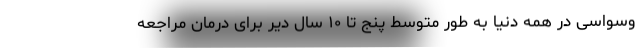
وسواسی در همه دنیا به طور متوسط پنج تا ۱۰ سال دیر برای درمان مراجعه